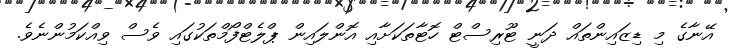
އޭނާގެ މި ޑިޒައިންތައް ދަނީ ޓޫރިސްޓް ހޮޓާތަކަށާއި އޮންލައިން ޕްލެޓްފޯމްތަކުގައި ވެސް ވިއްކަމުންނެވެ.